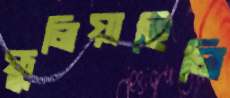
ফুলিয়াছিলি